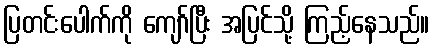
ပြတင်းပေါက်ကို ကျော်ပြီး အပြင်သို့ ကြည့်နေသည်။